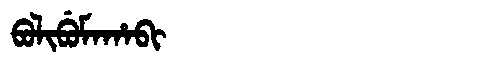
Manchu: ᠪᠣᠯᡳᠪᡠᠮᠠᡥᠠᠪᡳ
Romanization: BOLIBUMAHABI